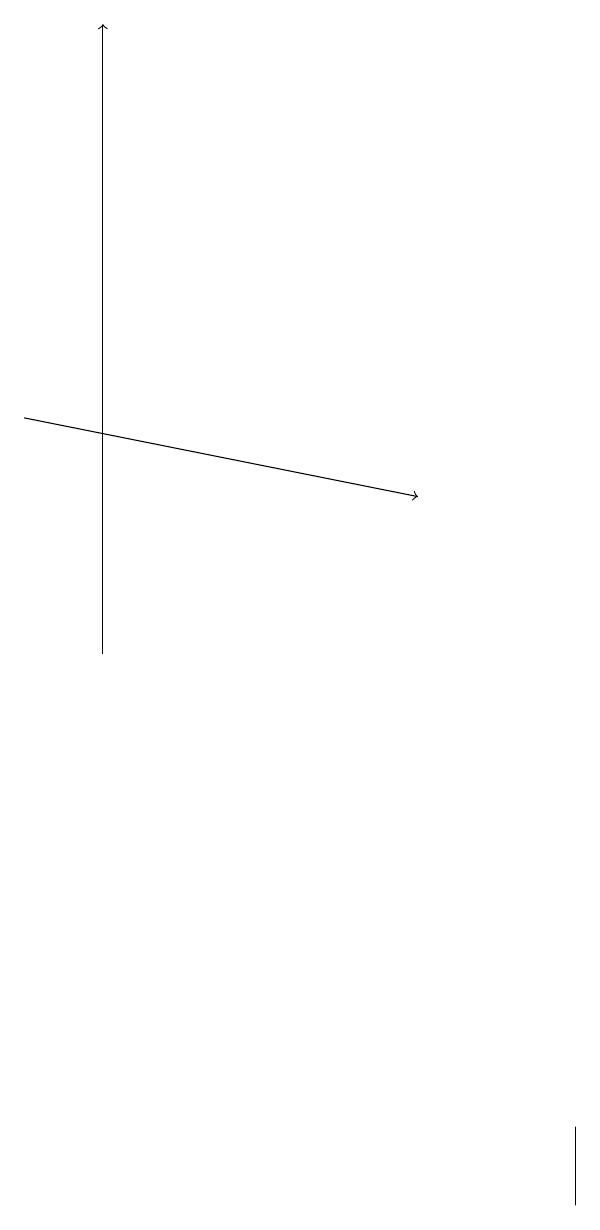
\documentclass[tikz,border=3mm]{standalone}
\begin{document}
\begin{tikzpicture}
\draw[->] (1,10) -- (1,18);
\draw (7,3) -- (7,4) -- (7,3) -- cycle;
\draw[->] (0,13) -- (5,12);
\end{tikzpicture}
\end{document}